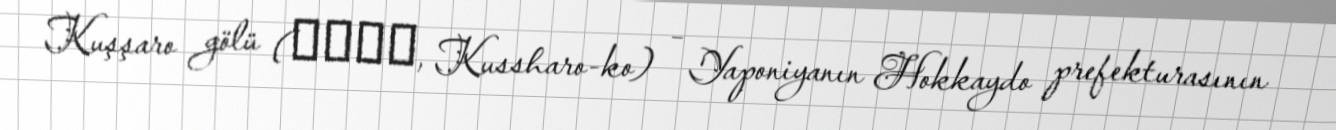
Kuşşaro gölü (屈斜路湖, Kussharo-ko) – Yaponiyanın Hokkaydo prefekturasının